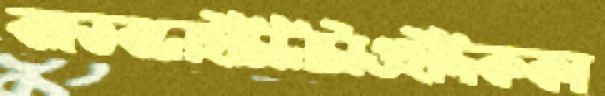
বঙ্গভবনেইচিনিটাওইদিককা